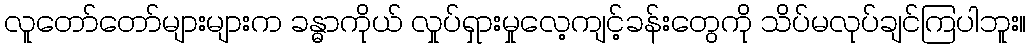
လူတော်တော်များများက ခန္ဓာကိုယ် လှုပ်ရှားမှုလေ့ကျင့်ခန်းတွေကို သိပ်မလုပ်ချင်ကြပါဘူး။